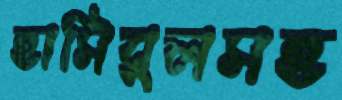
হাসিবুলসহ